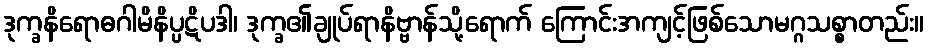
ဒုက္ခနိရောဓဂါမိနိပ္ပဋိပဒါ၊ ဒုက္ခ၏ချုပ်ရာနိဗ္ဗာန်သို့ရောက် ကြောင်းအကျင့်ဖြစ်သောမဂ္ဂသစ္စာတည်း။